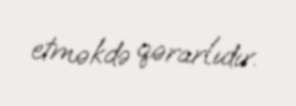
etməkdə qərarlıdır.